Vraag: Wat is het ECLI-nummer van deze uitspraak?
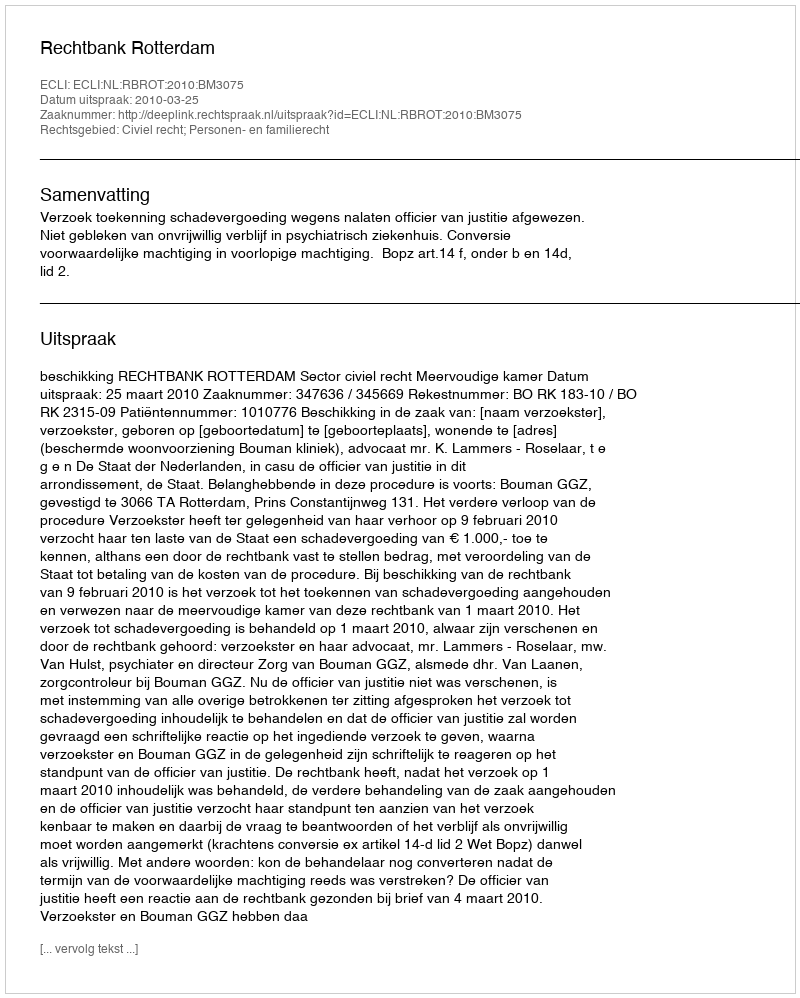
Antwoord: ECLI:NL:RBROT:2010:BM3075